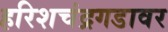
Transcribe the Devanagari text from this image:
हरिशचंद्रगडावर